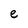
Character: e